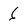
Character: 6